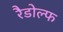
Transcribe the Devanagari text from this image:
रैडोल्फ